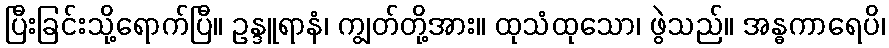
ပြီးခြင်းသို့ရောက်ပြီ။ ဥန္ဒူရာနံ၊ ကျွတ်တို့အား။ ထုသံထုသော၊ ဖွဲသည်။ အန္ဓကာရေပိ၊